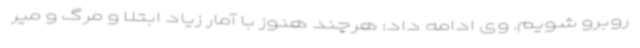
روبرو شویم. وی ادامه داد: هرچند هنوز با آمار زیاد ابتلا و مرگ و میر